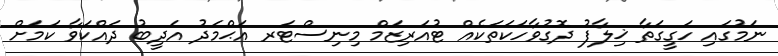
ނަމުގައި ހަގީގަތާ ޚިލާފު ދޮގުވާހަކަތަކެއް ޓުއަރިޒަމް މިނިސްޓަރ އަޙްމަދު އަދީބު ދައްކަވާ ކަމަށް